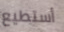
أستطيع